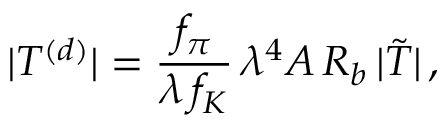
| T ^ { ( d ) } | = \frac { f _ { \pi } } { \lambda \, f _ { K } } \, \lambda ^ { 4 } A \, R _ { b } \, | \tilde { \cal T } | \, ,